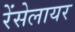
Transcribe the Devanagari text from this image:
रेंसेलायर